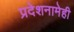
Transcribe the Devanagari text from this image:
प्रदेशनामेही